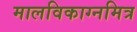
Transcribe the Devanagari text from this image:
मालविकाग्नमित्र